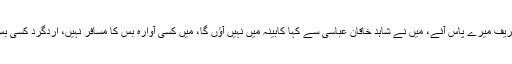
شاہد خاقان اور شہباز شریف میرے پاس آئے، میں نے شاہد خاقان عباسی سے کہا کابینہ میں نہیں آؤں گا، میں کسی آوارہ بس کا مسافر نہیں، اردگرد کسی بس کی طرف نہیں دیکھا۔